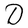
Character: D